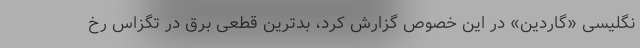
نگلیسی «گاردین» در این خصوص گزارش کرد، بدترین قطعی برق در تگزاس رخ